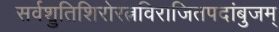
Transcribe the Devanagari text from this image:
सर्वश्रुतिशिरोरत्नविराजितपदांबुजम्